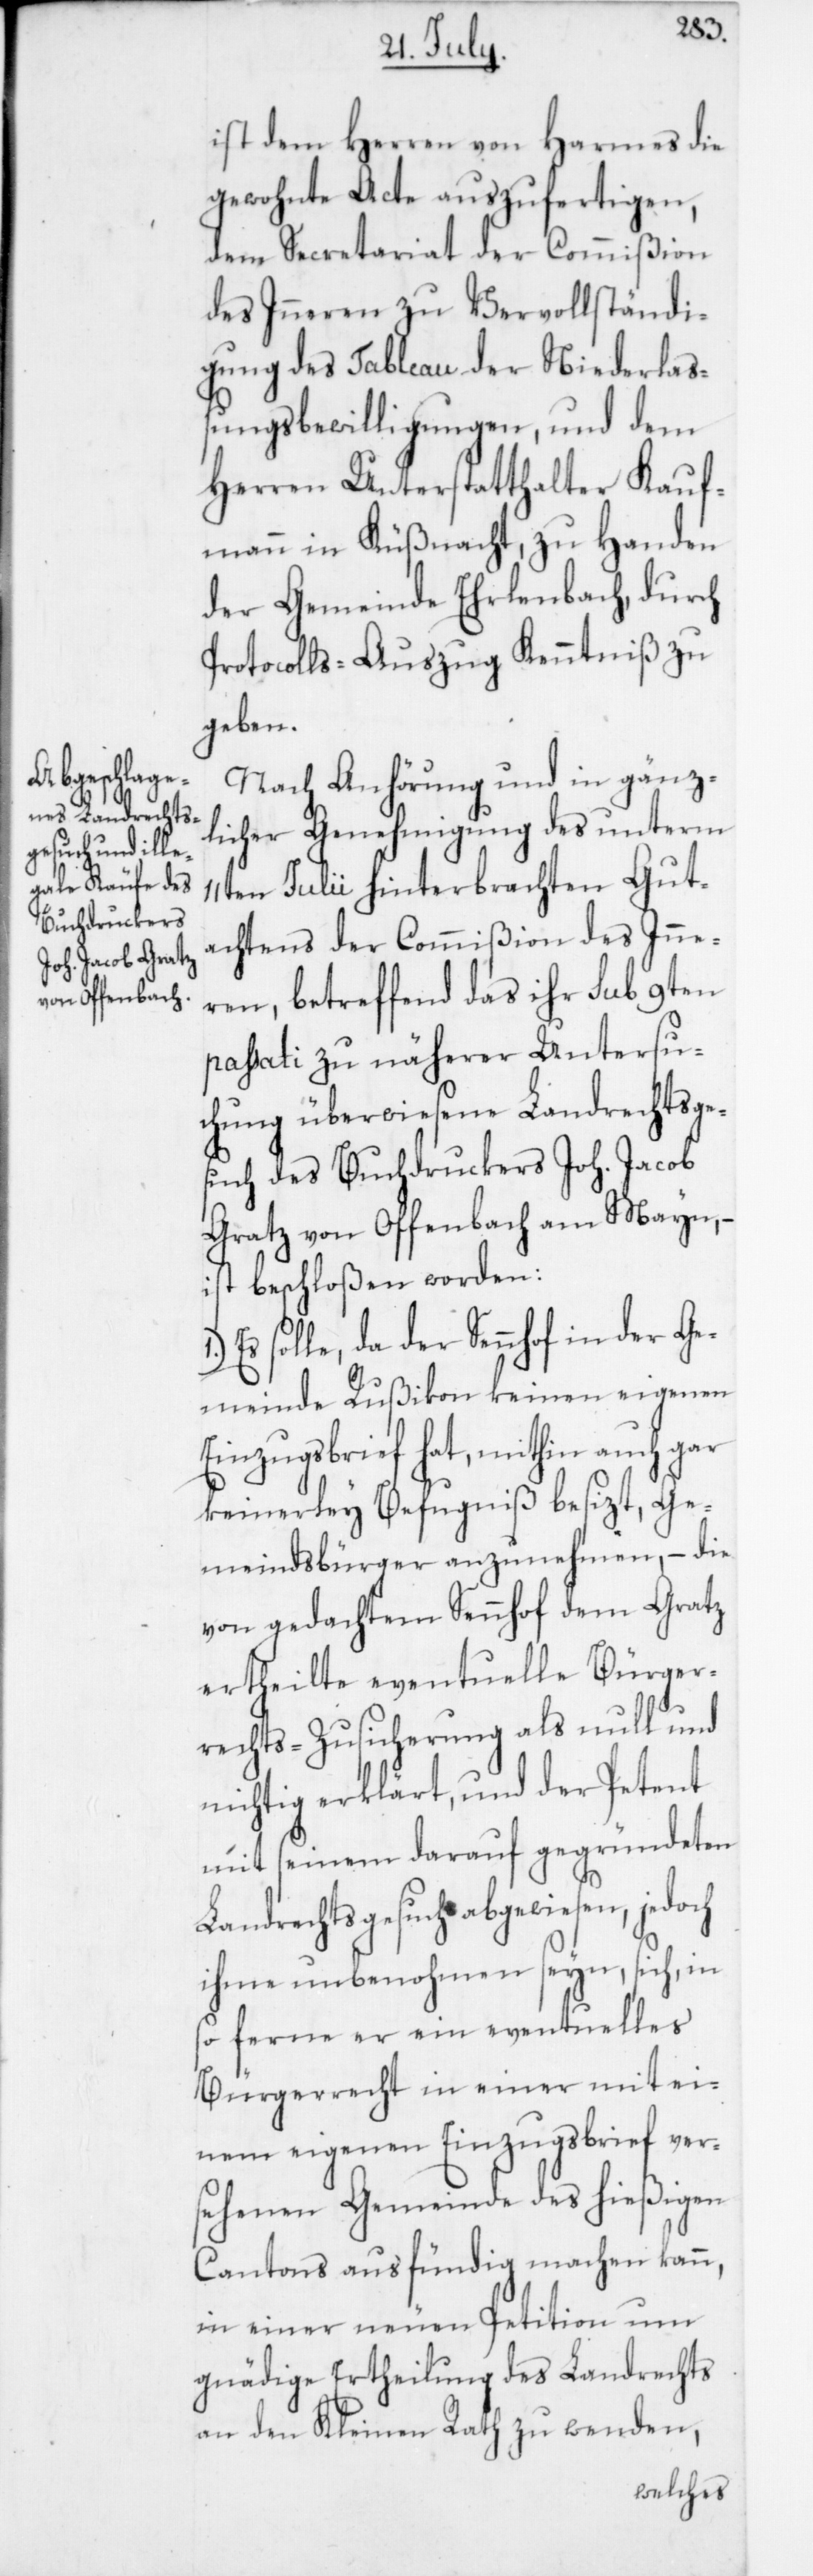
ist dem Herren von Harmes die
gewohnte Acte auszufertigen,
dem Secretariat der Commißion
des Inneren zu Vervollständi¬
gung des Tableau der Niederlaß¬
ungsbewilligungen, und dem
Herren Unterstatthalter Kauf¬
mann in Küßnacht, zu Handen
der Gemeinde Ehrlenbach, durch
Protocolls-Auszug Kenntniß zu
geben.
Nach Anhörung und in gänz¬
licher Genehmigung des unterm
11ten Julii hinterbrachten Gut¬
achtens der Commißion des Inne¬
ren, betreffend das ihr sub 9ten
passati zu näherer Untersu¬
chung überwiesene Landrechtsge¬
such des Buchdruckers Joh. Jacob
Gratz von Offenbach am Mayn, –
ist beschloßen worden:
Es solle, da der Sennhof in der Ge¬
meinde Rußikon keinen eigenen
Einzugsbrief hat, mithin auch gar
keinerley Befugniß besizt, Ge¬
meindsbürger anzunehmen, – die
von gedachtem Sennhof dem Gratz
ertheilte eventuelle Bürger¬
rechts-Zusicherung als null und
nichtig erklärt, und der Petent
mit seinem darauf gegründeten
Landrechtsgesuch abgewiesen, jedoch
ihme unbenohmen seyn, sich, in
so ferne er ein eventuelles
Bürgerrecht in einer mit ei¬
nem eigenen Einzugsbrief ver¬
sehenen Gemeinde des hießigen
Cantons ausfündig machen kann,
in einer neuen Petition um
gnädige Ertheilung des Landrechts
an den Kleinen Rath zu wenden,